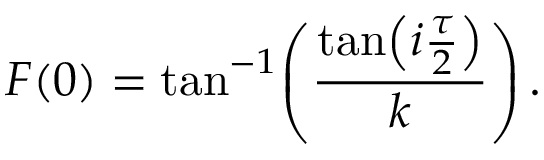
F ( 0 ) = \tan ^ { - 1 } \! \left( \frac { { \tan \! \left( i \frac { \tau } { 2 } \right) } } { k } \right) .